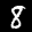
Label: 8